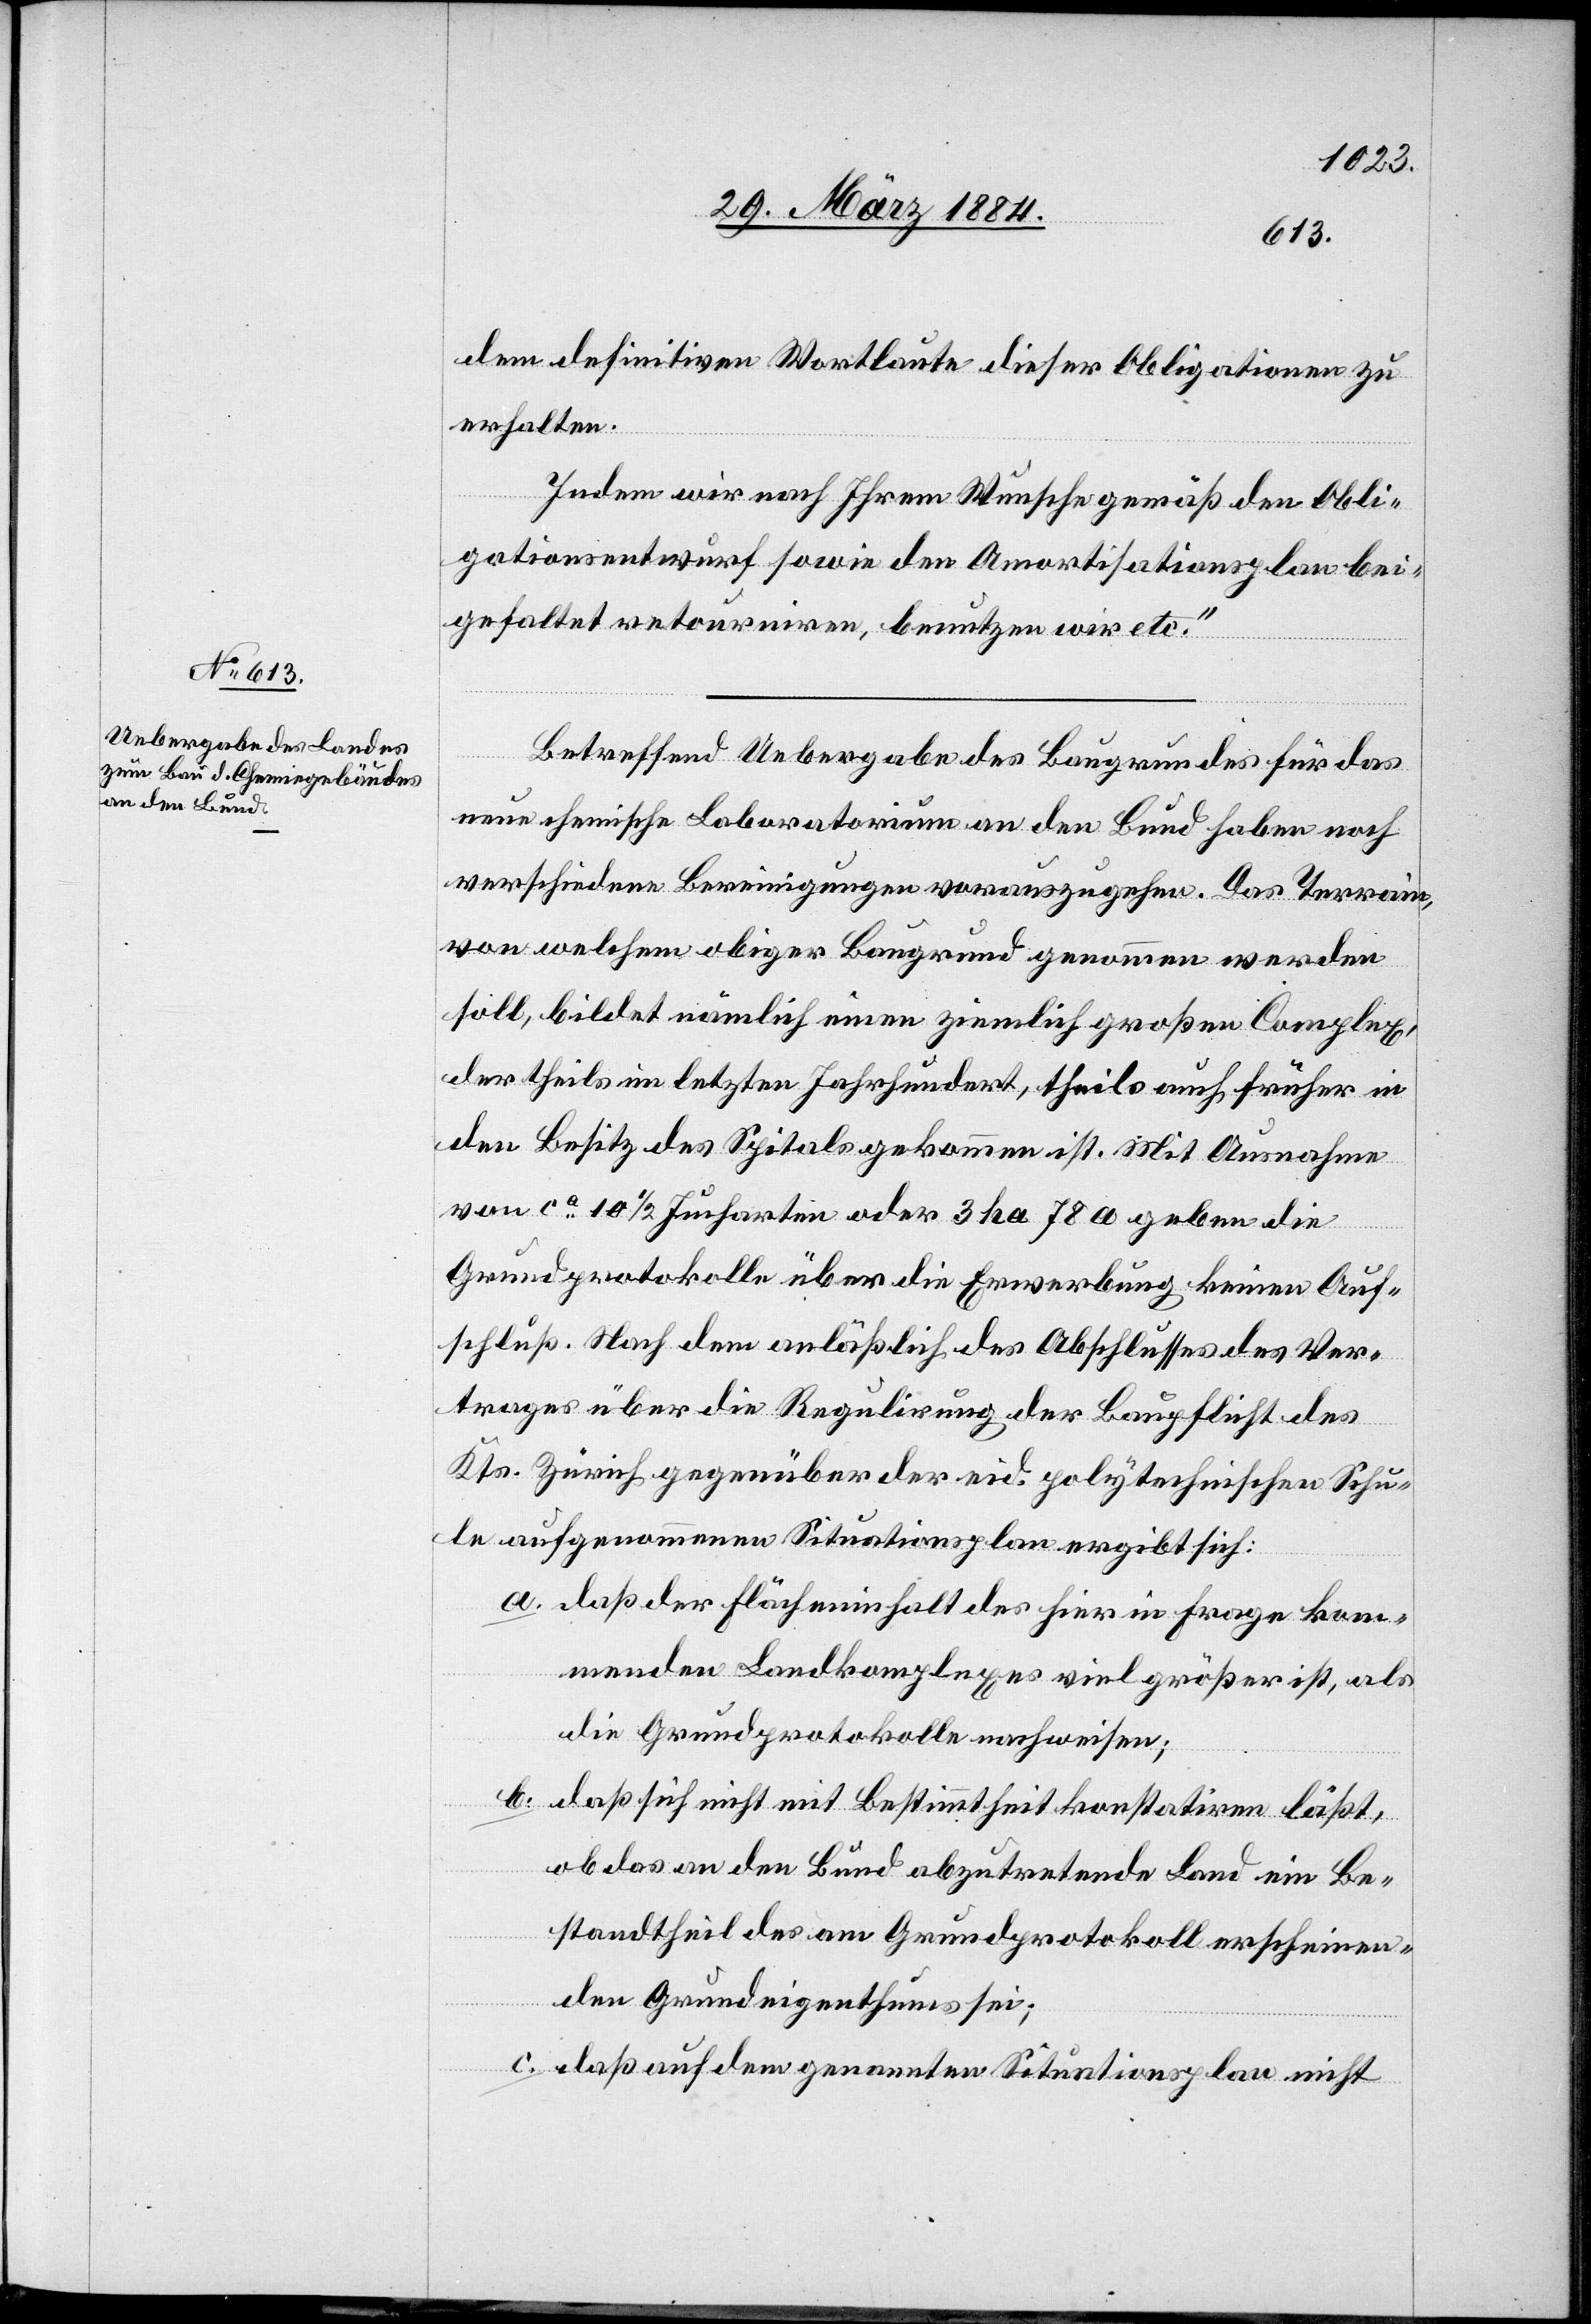
dem definitiven Wortlaute dieser Obligationen zu
erhalten.
Indem wir Ihrem Wunsche gemäß den Obli¬
gationsentwurf sowie den Amortisationsplan bei¬
gefaltet retourniren, benutzen wir etc.“
Betreffend Uebergabe des Baugrundes für das
neue chemische Laboratorium an den Bund haben noch
verschiedene Bereinigungen vorauszugehen. Das Terrain,
von welchem obiger Baugrund genommen werden
soll, bildet nämlich einen ziemlich großen Complex,
der theils im letzten Jahrhundert, theils auch früher in
den Besitz des Spitals gekommen ist. Mit Ausnahme
von ca 10 1/2 Jucharten oder 3 ha 78 a geben die
Grundprotokolle über die Erwerbung keinen Auf¬
schluß. Nach dem anläßlich des Abschlusses des Ver¬
trages über die Regulirung der Baupflicht des
Kts. Zürich gegenüber der eid. polytechnischen Schu¬
le aufgenommenen Situationsplan ergibt sich:
a. daß der Flächeninhalt des hier in Frage kom¬
menden Landkomplexes viel größer ist, als
die Grundprotokolle nachweisen;
b. daß sich nicht mit Bestimmtheit konstatiren läßt,
ob das an den Bund abzutretende Land ein Be¬
standtheil des am Grundprotokoll erscheinen¬
den Grundeigenthums sei;
c. daß auf dem genannten Situationsplan nicht